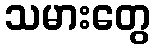
သမားတွေ